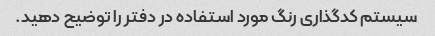
سیستم کدگذاری رنگ مورد استفاده در دفتر را توضیح دهید.